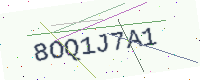
Text: 8OQ1J7A1